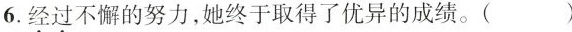
6.\underset{·}{经}\underset{·}{过}不懈的努力，她终于取得了优异的成绩。( )